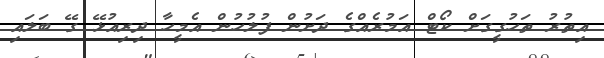
އިތުރު ތަހުގީގަށް ކޯޓް އަމުރެއްގެ ދަށުން ފުލުހުން އެމީހާ ދިރިއުޅޭ ގޭ ބަލައި